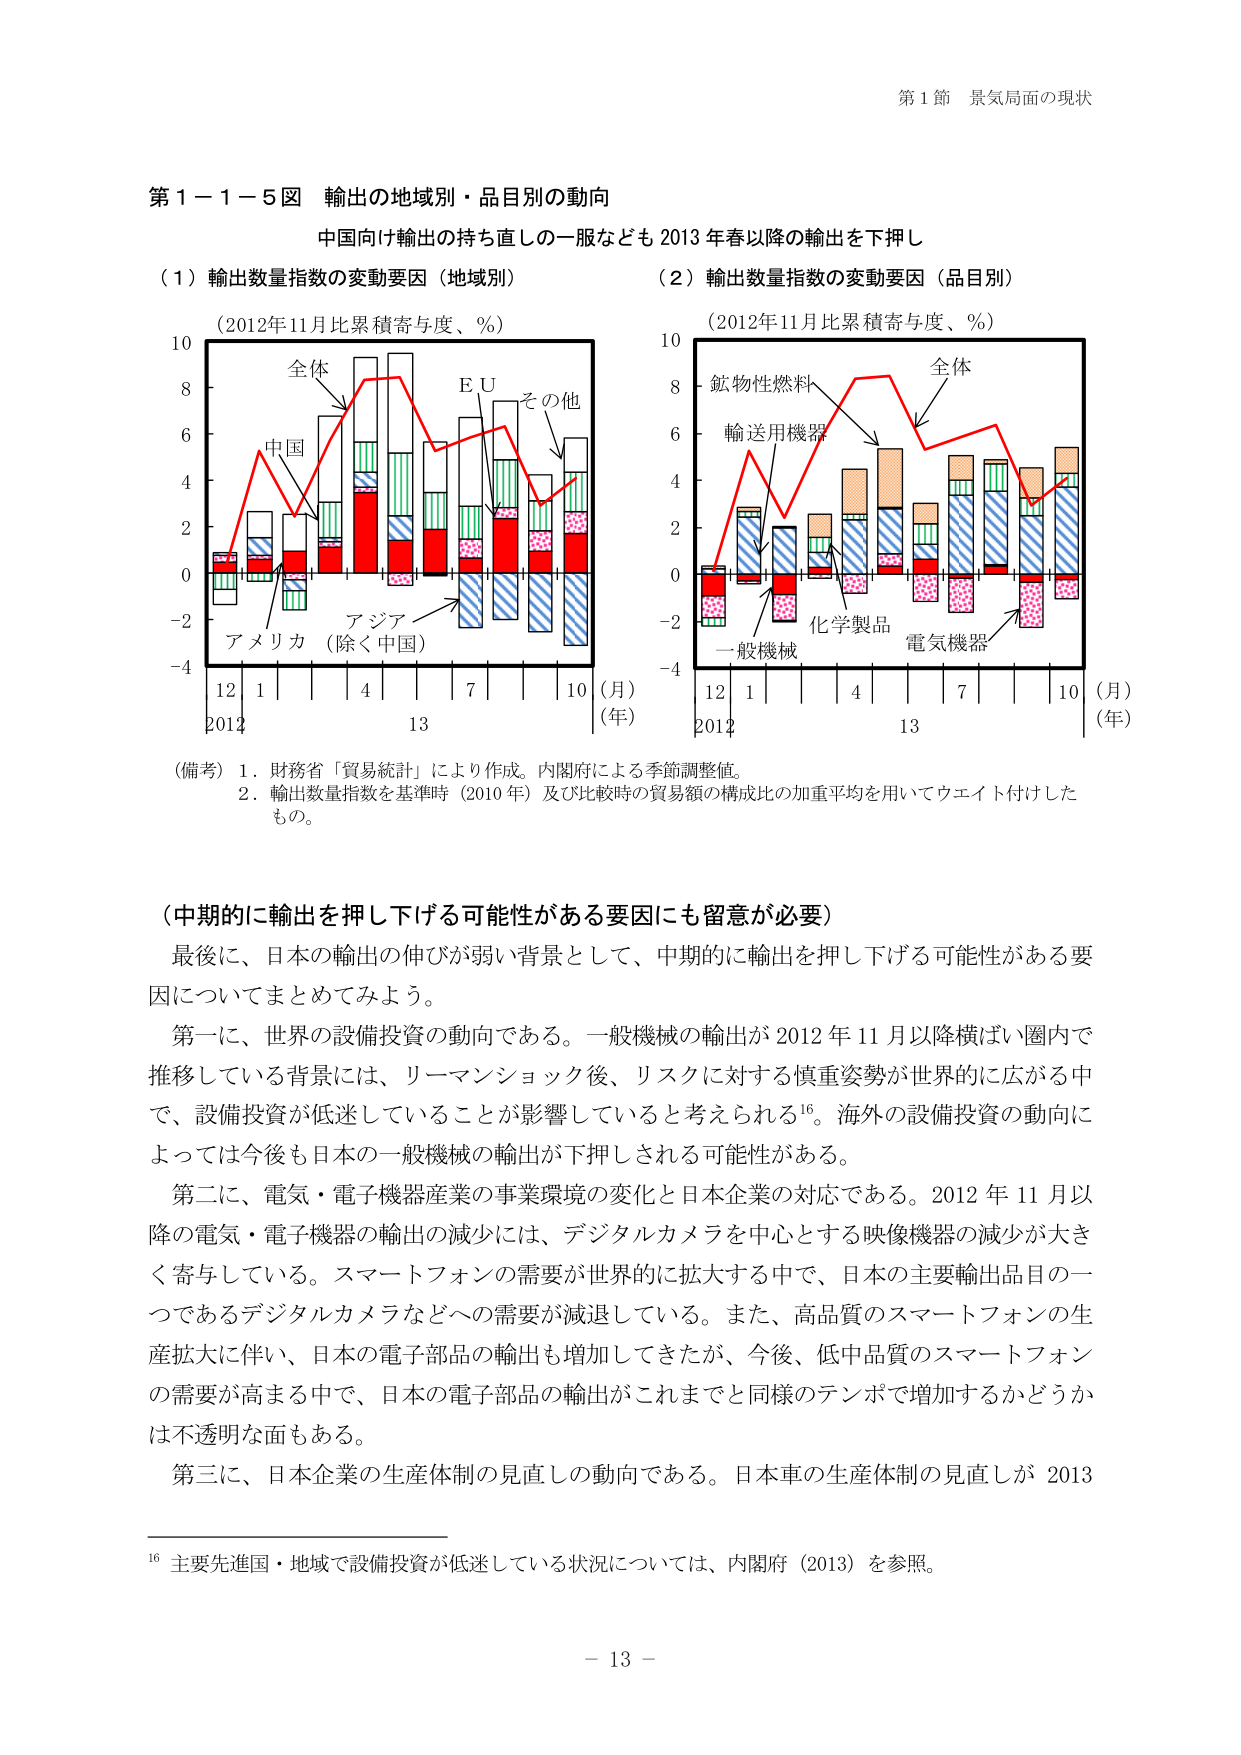
第１節 景気局面の現状

第１－１－５図 輸出の地域別・品目別の動向
中国向け輸出の持ち直しのー服なども 2013 年春以降の輸出を下押し

（１）輸出数量指数の変動要因（地域別）
（2012年11月比累積寄与度、％）
10
8
6
4
2
0
-2
-4
全体
中国
アメリカ（除く中国）
アジア
ＥＵ
その他
12 1 4 7 10（月）
2012 13（年）

（２）輸出数量指数の変動要因（品目別）
（2012年11月比累積寄与度、％）
10
8
6
4
2
0
-2
-4
鉱物性燃料
輸送用機器
一般機械
化学製品
電気機器
全体
12 1 4 7 10（月）
2012 13（年）

（備考）１．財務省「貿易統計」により作成。内閣府による季節調整値。
　　　２．輸出数量指数を基準時（2010 年）及び比較時の貿易額の構成比の加重平均を用いてウェイト付けした
　　　　もの。

（中期的に輸出を押し下げる可能性がある要因にも留意が必要）
最後に、日本の輸出の伸びが弱い背景として、中期的に輸出を押し下げる可能性がある要因についてまとめてみよう。
第一に、世界の設備投資の動向である。一般機械の輸出が 2012 年 11 月以降横ばい圏内で推移している背景には、リーマンショック後、リスクに対する慎重姿勢が世界的に広がる中で、設備投資が低迷していることが影響していると考えられる¹⁶。海外の設備投資の動向によっては今後も日本の一般機械の輸出が下押しされる可能性がある。
第二に、電気・電子機器産業の事業環境の変化と日本企業の対応である。2012 年 11 月以降の電気・電子機器の輸出の減少には、デジタルカメラを中心とする映像機器の減少が大きく寄与している。スマートフォンの需要が世界的に拡大する中で、日本の主要輸出品目の一つであるデジタルカメラなどへの需要が減退している。また、高品質のスマートフォンの生産拡大に伴い、日本の電子部品の輸出も増加してきたが、今後、低中品質のスマートフォンの需要が高まる中で、日本の電子部品の輸出がこれまでと同様のテンポで増加するかどうかは不透明な面もある。
第三に、日本企業の生産体制の見直しの動向である。日本車の生産体制の見直しが 2013

¹⁶ 主要先進国・地域で設備投資が低迷している状況については、内閣府（2013）を参照。

－ 13 －